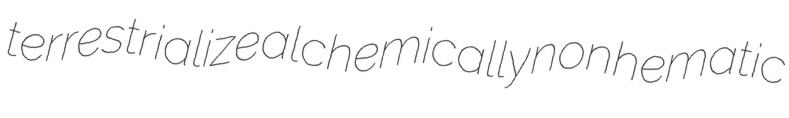
terrestrialize alchemically nonhematic